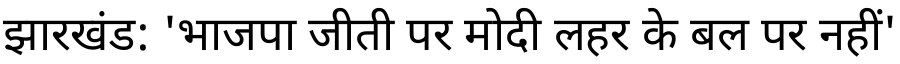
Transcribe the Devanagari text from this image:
झारखंड: 'भाजपा जीती पर मोदी लहर के बल पर नहीं'